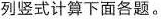
列竖式计算下面各题。